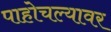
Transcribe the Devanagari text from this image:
पाहोचल्यावर